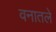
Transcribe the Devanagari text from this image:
वनातले